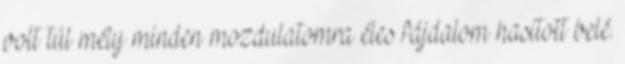
volt túl mély minden mozdulatomra éles fájdalom hasított belé.